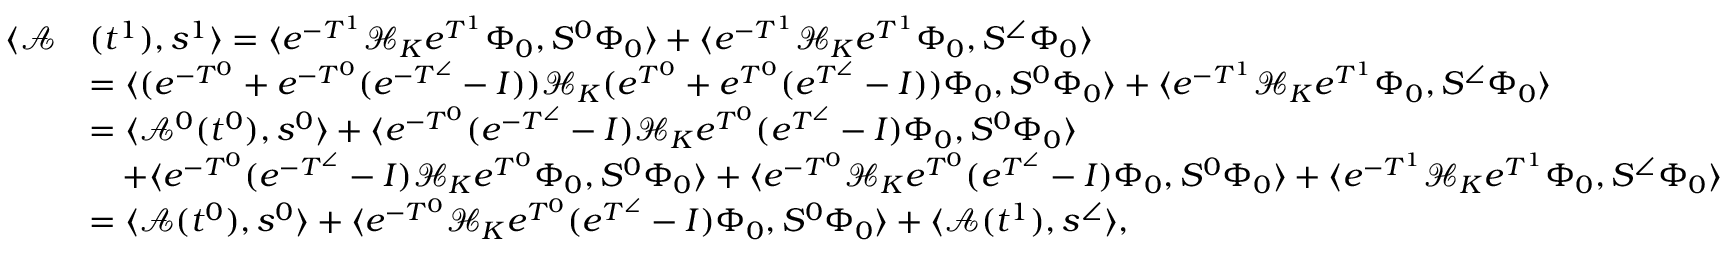
\begin{array} { r l } { \langle \mathcal { A } } & { ( t ^ { 1 } ) , s ^ { 1 } \rangle = \langle e ^ { - T ^ { 1 } } \mathcal { H } _ { K } e ^ { T ^ { 1 } } \Phi _ { 0 } , S ^ { 0 } \Phi _ { 0 } \rangle + \langle e ^ { - T ^ { 1 } } \mathcal { H } _ { K } e ^ { T ^ { 1 } } \Phi _ { 0 } , S ^ { \angle } \Phi _ { 0 } \rangle } \\ & { = \langle ( e ^ { - T ^ { 0 } } + e ^ { - T ^ { 0 } } ( e ^ { - T ^ { \angle } } - I ) ) \mathcal { H } _ { K } ( e ^ { T ^ { 0 } } + e ^ { T ^ { 0 } } ( e ^ { T ^ { \angle } } - I ) ) \Phi _ { 0 } , S ^ { 0 } \Phi _ { 0 } \rangle + \langle e ^ { - T ^ { 1 } } \mathcal { H } _ { K } e ^ { T ^ { 1 } } \Phi _ { 0 } , S ^ { \angle } \Phi _ { 0 } \rangle } \\ & { = \langle \mathcal { A } ^ { 0 } ( t ^ { 0 } ) , s ^ { 0 } \rangle + \langle e ^ { - T ^ { 0 } } ( e ^ { - T ^ { \angle } } - I ) \mathcal { H } _ { K } e ^ { T ^ { 0 } } ( e ^ { T ^ { \angle } } - I ) \Phi _ { 0 } , S ^ { 0 } \Phi _ { 0 } \rangle } \\ & { \quad + \langle e ^ { - T ^ { 0 } } ( e ^ { - T ^ { \angle } } - I ) \mathcal { H } _ { K } e ^ { T ^ { 0 } } \Phi _ { 0 } , S ^ { 0 } \Phi _ { 0 } \rangle + \langle e ^ { - T ^ { 0 } } \mathcal { H } _ { K } e ^ { T ^ { 0 } } ( e ^ { T ^ { \angle } } - I ) \Phi _ { 0 } , S ^ { 0 } \Phi _ { 0 } \rangle + \langle e ^ { - T ^ { 1 } } \mathcal { H } _ { K } e ^ { T ^ { 1 } } \Phi _ { 0 } , S ^ { \angle } \Phi _ { 0 } \rangle } \\ & { = \langle \mathcal { A } ( t ^ { 0 } ) , s ^ { 0 } \rangle + \langle e ^ { - T ^ { 0 } } \mathcal { H } _ { K } e ^ { T ^ { 0 } } ( e ^ { T ^ { \angle } } - I ) \Phi _ { 0 } , S ^ { 0 } \Phi _ { 0 } \rangle + \langle \mathcal { A } ( t ^ { 1 } ) , s ^ { \angle } \rangle , } \end{array}